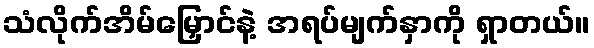
သံလိုက်အိမ်မြှောင်နဲ့ အရပ်မျက်နှာကို ရှာတယ်။